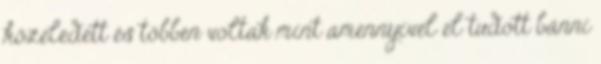
közeledett és többen voltak mint amennyivel el tudott bánni